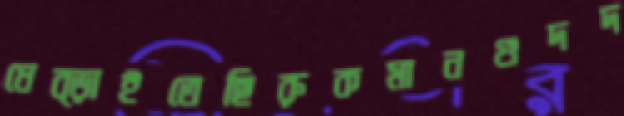
ধেব্‌ড়াইতেছিরুকমানগুদদ